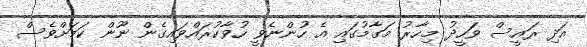
އަދި ރައީސް ވަހީދު މިހާރު މަގާމުގައި އެ ހުންނެވީ ހުވާކުރައްވައިގެން ނޫން ކަމަށްވެސް